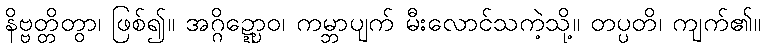
နိဗ္ဗတ္တိတွာ၊ ဖြစ်၍။ အဂ္ဂိဍ္ဍ္ဎောဝ၊ ကမ္ဘာပျက် မီးလောင်သကဲ့သို့။ တပ္ပတိ၊ ကျက်၏။